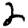
Digit: 2